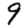
Digit: 9